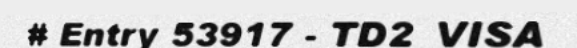
# Entry 53917 - TD2_VISA